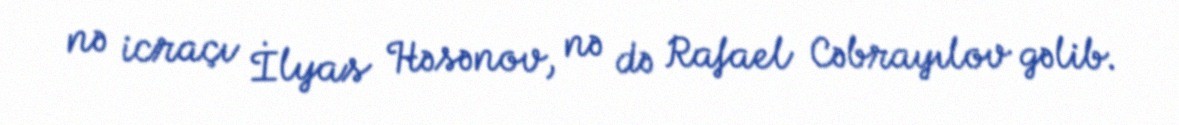
nə icraçı İlyas Həsənov, nə də Rafael Cəbrayılov gəlib.